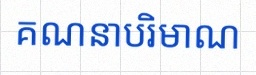
គណនាបរិមាណ